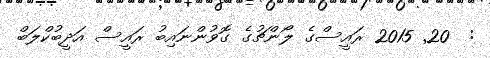
:  20